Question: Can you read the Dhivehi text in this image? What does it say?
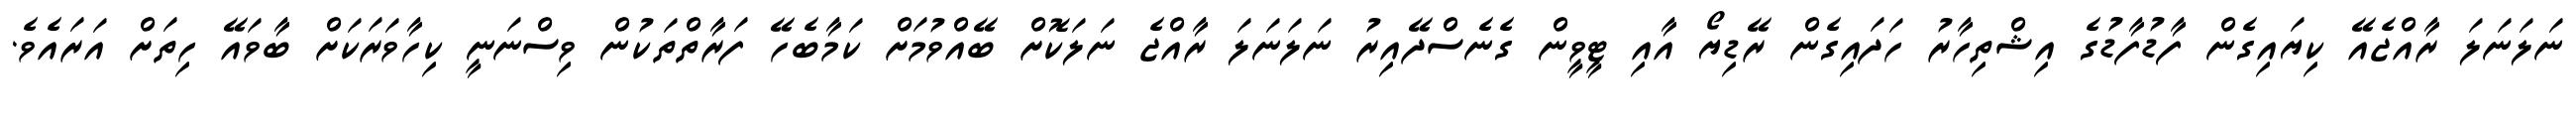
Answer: ނަލަނަލަ ރާއްޖެއޭ ކިޔައިގެން ފާޑުފާޑުގެ އިޝްތިހާރު ހަދައިގެން ރޭޑިޔޯ އާއި ޓީވީން ގެނެސްދޭއިރު ނަލަނަލަ ރާއްޖެ ނަލަކޮށް ބޭއްވުމަށް ކަމާބެހޭ ފަރާތްތަކުން ވިސްނަނީ ކިހާވަރަކަށް ބާވައޭ ހިތަށް އަރައެވެ.